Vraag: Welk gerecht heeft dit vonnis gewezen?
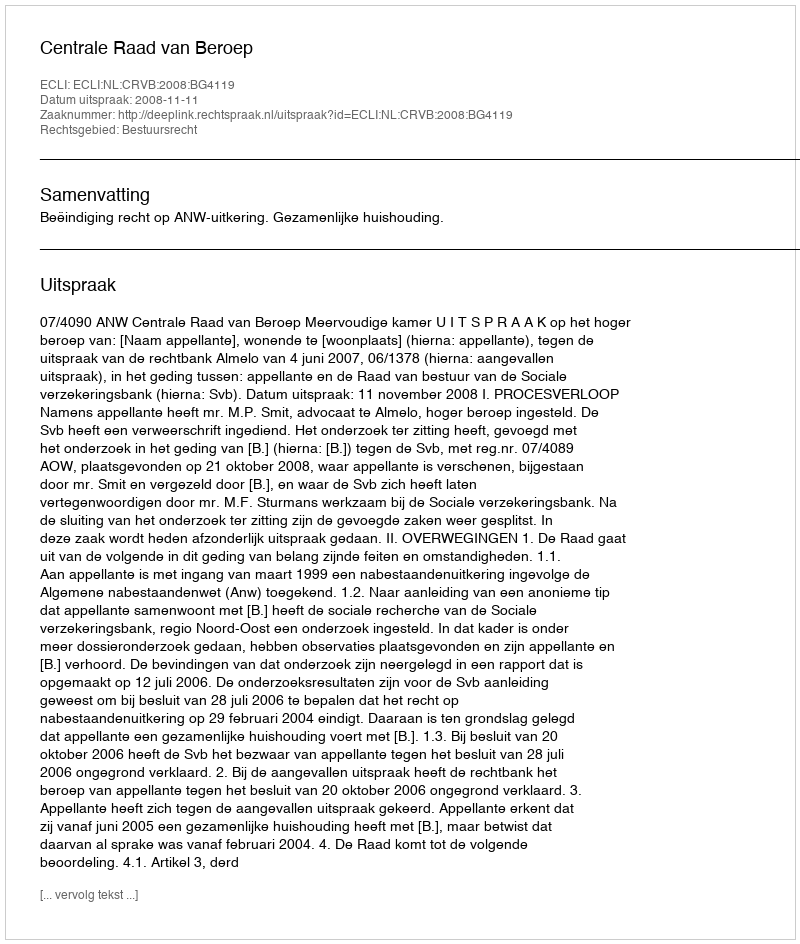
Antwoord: Centrale Raad van Beroep